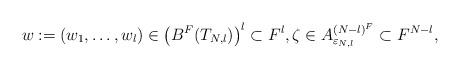
LaTeX: \begin{align*}w:=(w_1,\ldots, w_l)\in \left(B^{F}(T_{N,l}) \right)^{l} \subset F^l, \zeta \in A^{(N-l)^{F}}_{\varepsilon_{N,l}} \subset F^{N-l},\end{align*}